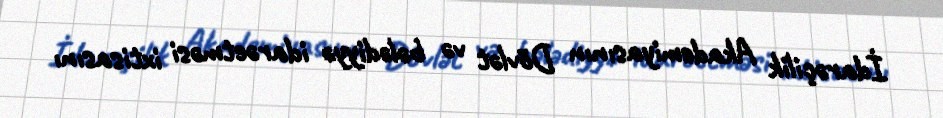
İdarəçilik Akademiyasının Dövlət və bələdiyyə idarəetməsi ixtisasını